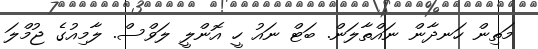
މަތިން ހަނދާން ނައްތާލަން. ބަޓް ނައު ހީ އޮންލީ ލަވްސް. ލާމިއުގެ ޖުމްލަ